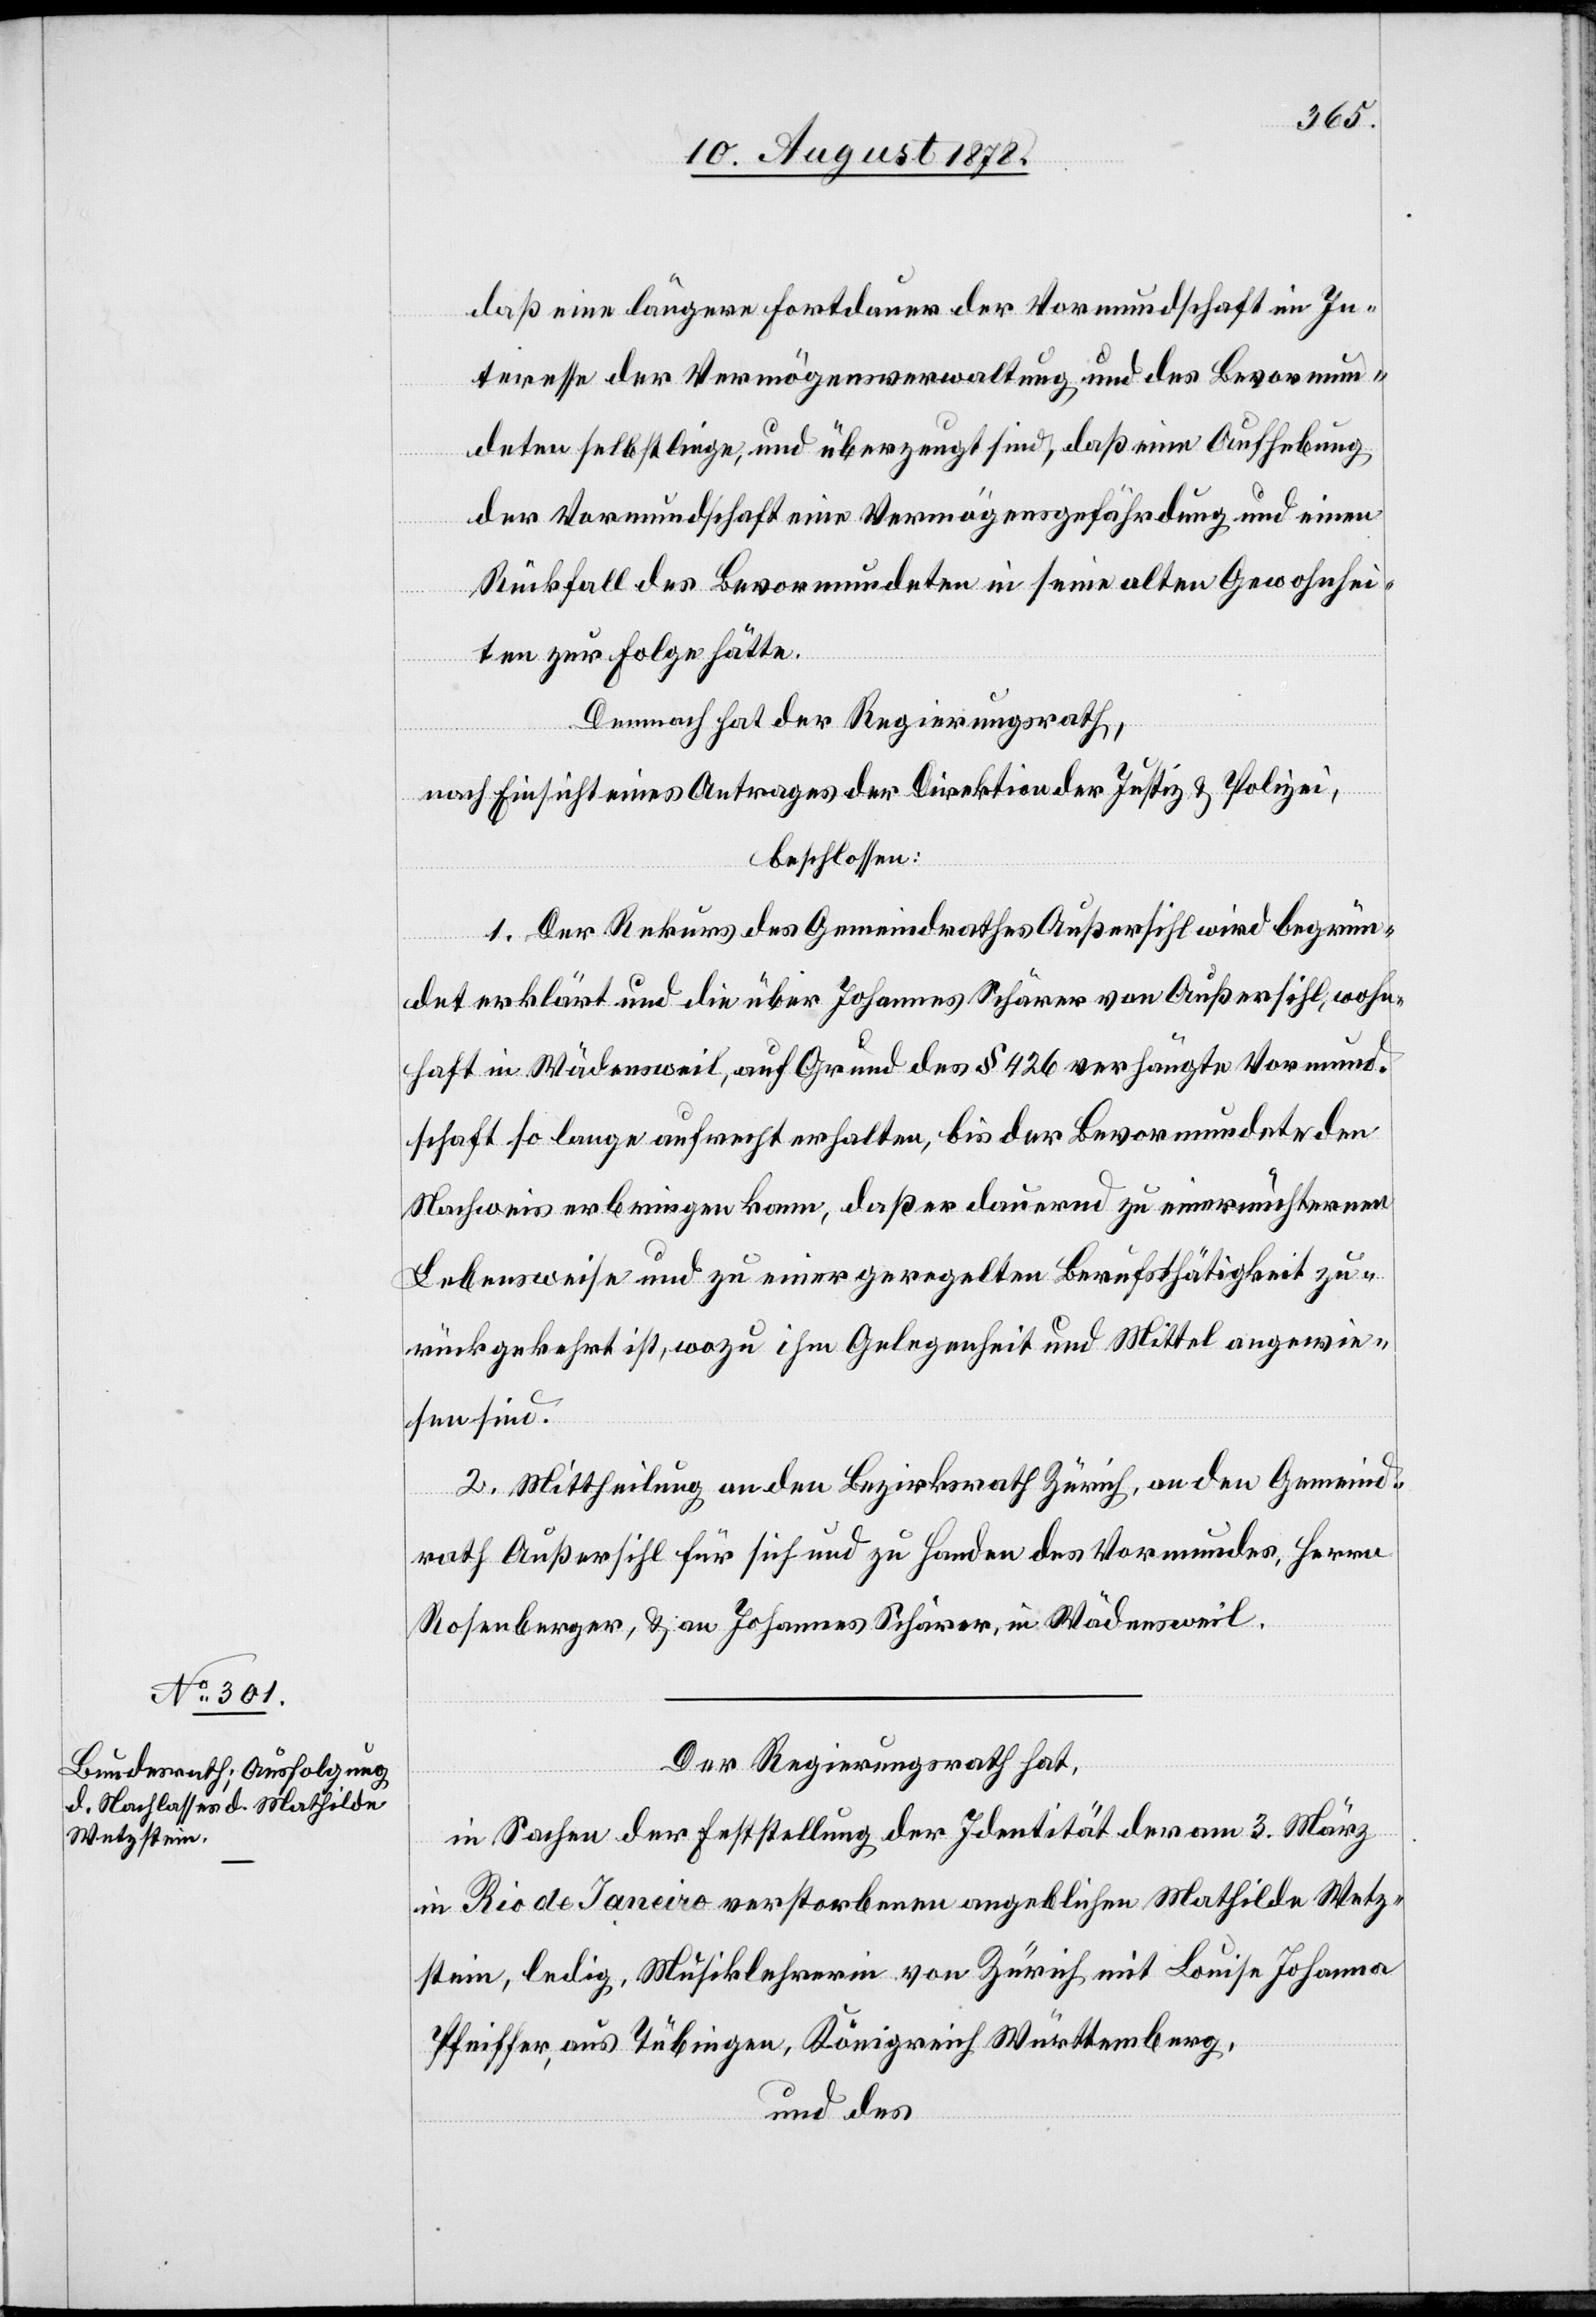
daß eine längere Fortdauer der Vormundschaft im In¬
teresse der Vermögensverwaltung und des Bevormun¬
deten selbst liege, und überzeugt sind, daß eine Aufhebung
der Vormundschaft eine Vermögensgefährdung und einen
Rückfall des Bevormundeten in seine alten Gewohnhei¬
ten zur Folge hätte.
Demnach hat der Regierungsrath,
nach Einsicht eines Antrages der Direktion der Justiz & Polizei,
beschlossen:
1. Der Rekurs des Gemeindrathes Außersihl wird begrün¬
det erklärt und die über Johannes Schärer von Außersihl, wohn¬
haft in Wädensweil, auf Grund des § 246 verhängte Vormund¬
schaft so lange aufrecht erhalten, bis der Bevormundete den
Nachweis erbringen kann, daß er dauernd zu einer nüchternen
Lebensweise und zu einer geregelten Berufsthätigkeit zu¬
rückgekehrt ist, wozu ihm Gelegenheit und Mittel angewie¬
sen sind.
2. Mittheilung an den Bezirksrath Zürich, an den Gemeind¬
rath Außersihl für sich und zu Handen des Vormundes, Herrn
Rosenberger, & an Johannes Schärer, in Wädensweil.
Der Regierungsrath hat,
in Sachen der Feststellung der Identität der am 3. März
in Rio de Janeiro verstorbenen angeblichen Mathilde Wetz¬
stein, ledig, Musiklehrerin von Zürich mit Louise Johanna
Pfeiffer, aus Tübingen, Königreich Württemberg,
und des